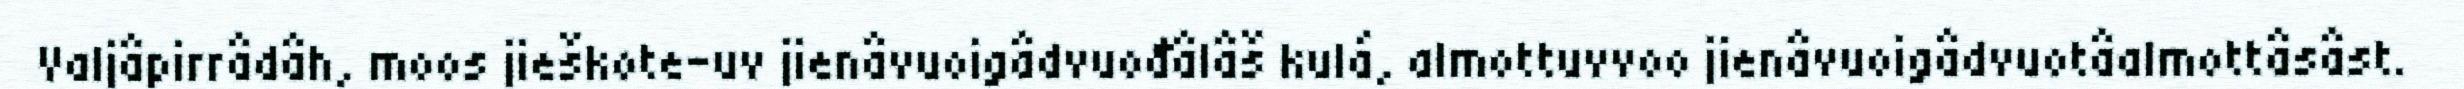
Valjâpirrâdâh, moos jieškote-uv jienâvuoigâdvuođâlâš kulá, almottuvvoo jienâvuoigâdvuotâalmottâsâst.